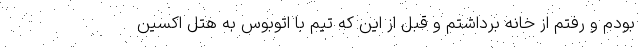
بودم و رفتم از خانه برداشتم و قبل از این که تیم با اتوبوس به هتل اکسین